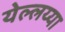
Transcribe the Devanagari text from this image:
येल्लय्या